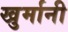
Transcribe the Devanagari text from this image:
खुर्मानी